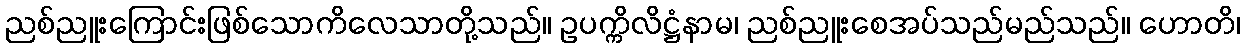
ညစ်ညူးကြောင်းဖြစ်သောကိလေသာတို့သည်။ ဥပက္ကိလိဋ္ဌံနာမ၊ ညစ်ညူးစေအပ်သည်မည်သည်။ ဟောတိ၊